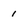
Character: 1